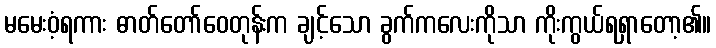
မမေးဝံ့ရကား ဓာတ်တော်ဝေတုန်းက ချင့်သော ခွက်ကလေးကိုသာ ကိုးကွယ်ရရှာတော့၏။